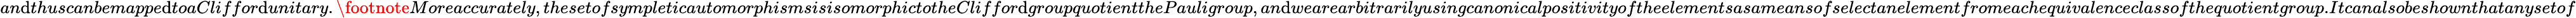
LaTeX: an\mathrm{d}thuscanbemappe\mathrm{d}toaCliffor\mathrm{d}unitary.\footnote{}{{Moreaccurately,thesetofsympleticautomorphismsisisomorphictotheCliffor\mathrm{d}groupquotientthePauligroup,an\mathrm{d}wearearbitrarilyusingcanonicalpositivityoftheelementsasameansofselectanelementfromeachequivalenceclassofthequotientgroup.}}Itcanalsobeshownthatanysetof